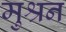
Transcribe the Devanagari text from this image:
मुश्रन